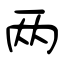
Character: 两